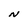
Character: N